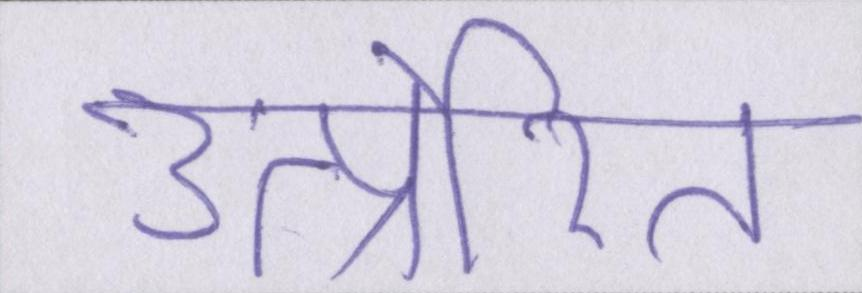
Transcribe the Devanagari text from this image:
उत्प्रेरित